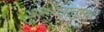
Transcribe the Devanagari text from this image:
अग्रलेखानुसार